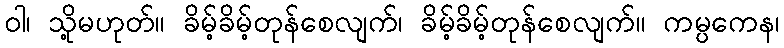
ဝါ၊ သို့မဟုတ်။ ခိမ့်ခိမ့်တုန်စေလျက်၊ ခိမ့်ခိမ့်တုန်စေလျက်။ ကမ္ပကေန၊